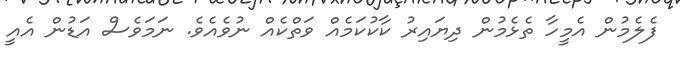
ފެލެމުން އެމީހާ ތެޅެމުން ދިޔައިރު ކާކުކަމެއް ވަތްކެއް ނުވެއެވެ. ނަމަވެސް އަޑުން އެއީ